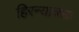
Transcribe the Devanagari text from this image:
हिरन्याक्छ